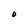
Character: O